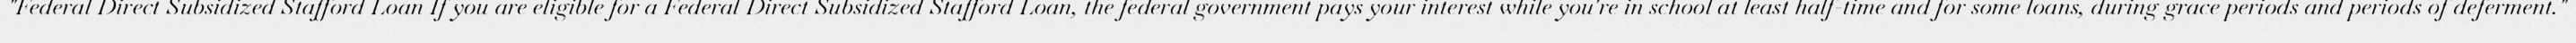
"Federal Direct Subsidized Stafford Loan If you are eligible for a Federal Direct Subsidized Stafford Loan, the federal government pays your interest while you're in school at least half-time and for some loans, during grace periods and periods of deferment."